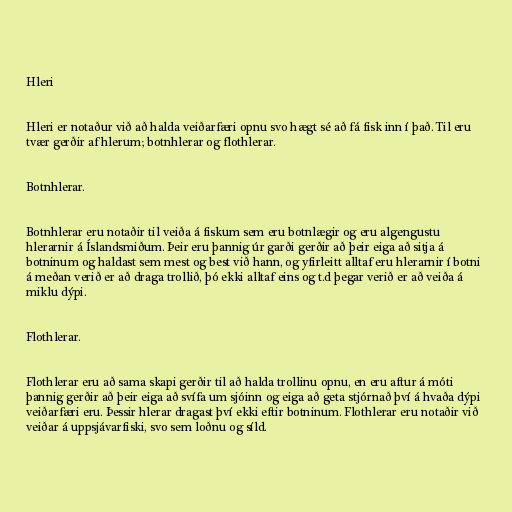
Hleri

Hleri er notaður við að halda veiðarfæri opnu svo hægt sé að fá fisk inn í það. Til eru
tvær gerðir af hlerum; botnhlerar og flothlerar.

Botnhlerar.

Botnhlerar eru notaðir til veiða á fiskum sem eru botnlægir og eru algengustu
hlerarnir á Íslandsmiðum. Þeir eru þannig úr garði gerðir að þeir eiga að sitja á
botninum og haldast sem mest og best við hann, og yfirleitt alltaf eru hlerarnir í botni
á meðan verið er að draga trollið, þó ekki alltaf eins og t.d þegar verið er að veiða á
miklu dýpi.

Flothlerar.

Flothlerar eru að sama skapi gerðir til að halda trollinu opnu, en eru aftur á móti
þannig gerðir að þeir eiga að svífa um sjóinn og eiga að geta stjórnað því á hvaða dýpi
veiðarfæri eru. Þessir hlerar dragast því ekki eftir botninum. Flothlerar eru notaðir við
veiðar á uppsjávarfiski, svo sem loðnu og síld.